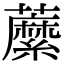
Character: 䕷